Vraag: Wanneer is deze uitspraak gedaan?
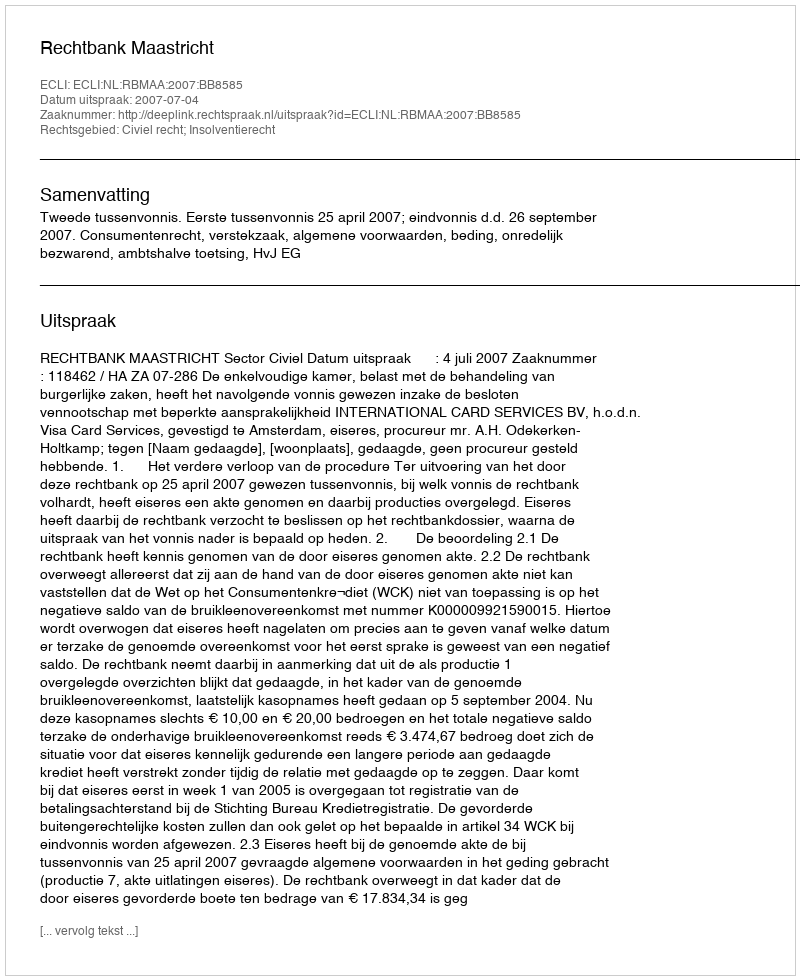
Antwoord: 2007-07-04